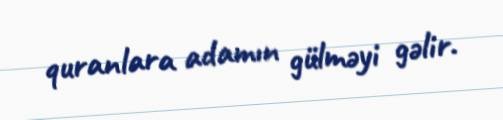
quranlara adamın gülməyi gəlir.